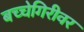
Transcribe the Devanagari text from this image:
बच्चेगिरीवर